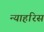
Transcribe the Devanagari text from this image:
न्याहरिस